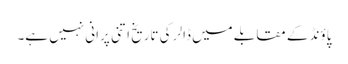
پاؤنڈ کے مقابلے میں ڈالر کی تاریخ اتنی پرانی نہیں ہے۔